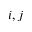
i , j